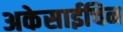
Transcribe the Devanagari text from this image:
अकेसाईचिन